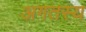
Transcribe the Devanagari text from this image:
अगतस्य